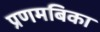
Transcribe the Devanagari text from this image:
प्रणमबिका